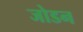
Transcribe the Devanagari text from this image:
जोडन